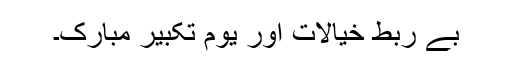
بے ربط خیالات اور یوم تکبیر مبارک۔